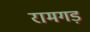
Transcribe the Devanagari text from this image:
रामगड़